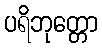
ပရိဘုတ္တော